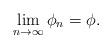
LaTeX: \begin{align*}\lim_{n\rightarrow \infty}\phi_n = \phi.\end{align*}